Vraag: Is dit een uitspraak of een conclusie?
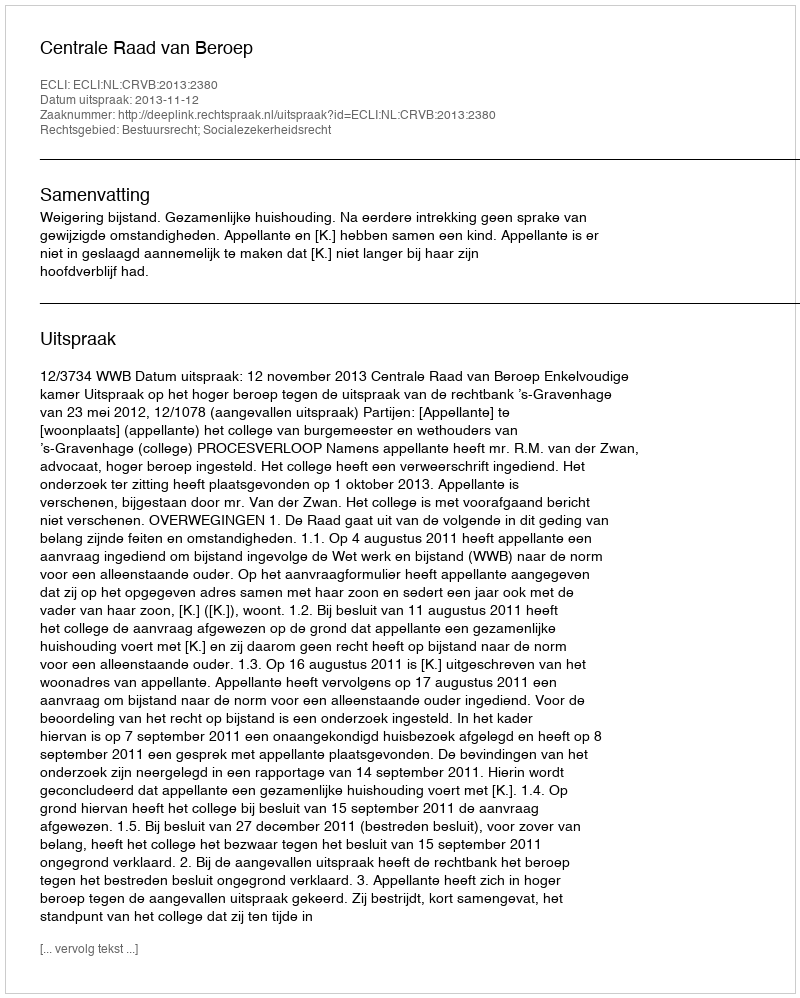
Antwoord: Uitspraak